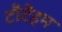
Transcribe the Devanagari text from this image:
टौटेंहम